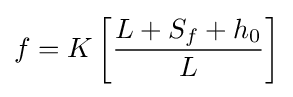
f=K\left[{L+S_{f}+h_{0} \over L}\right]